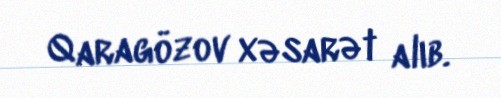
Qaragözov xəsarət alıb.